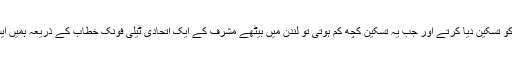
پرویز مشرف اور ان کے حامی ہم جیسے گستاخوں کو نواز شریف کا زرخرید غلام قرار دے کر اپنی انا کو تسکین دیا کرتے اور جب یہ تسکین کچھ کم ہوتی تو لندن میں بیٹھے مشرف کے ایک اتحادی ٹیلی فونک خطاب کے ذریعہ ہمیں ایسی ایسی گالیوں سے نوازتے کہ ان کا خطاب سننے والی شریف بیبیاں اپنے چہرے آنچلوں میں چھپا لیتیں۔